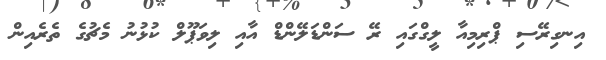
އިނގިރޭސި ޕްރިމިއާ ލީގްގައި ރޭ ސަންޑަލޭންޑް އާއި ލިވަޕޫލް ކުޅުނު މެޗުގެ ތެރެއިން